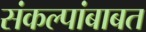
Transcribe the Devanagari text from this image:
संकल्पांबाबत